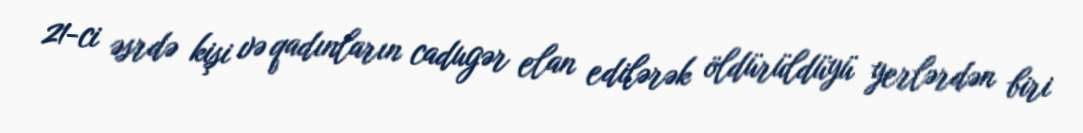
21-ci əsrdə kişi və qadınların cadugər elan edilərək öldürüldüyü yerlərdən biri